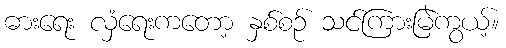
ဓားရေး လှံရေးကတော့ နှစ်စဉ် သင်ကြားမြဲကွယ့်။